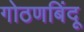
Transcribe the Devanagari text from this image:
गोठणबिंदू